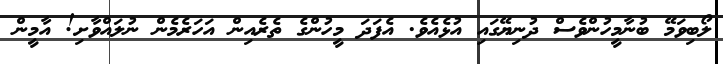
ލޯބިވަމޭ ބުނާމީހުންވެސް ދުނިޔޭގައި އުޅެއެވެ. އެފަދަ މީހުންގެ ތެރެއިން އަހަރެމެން ނުލައްވާށި! އާމީން